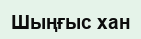
Шыңғыс хан